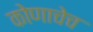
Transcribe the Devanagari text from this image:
कोणाचेच